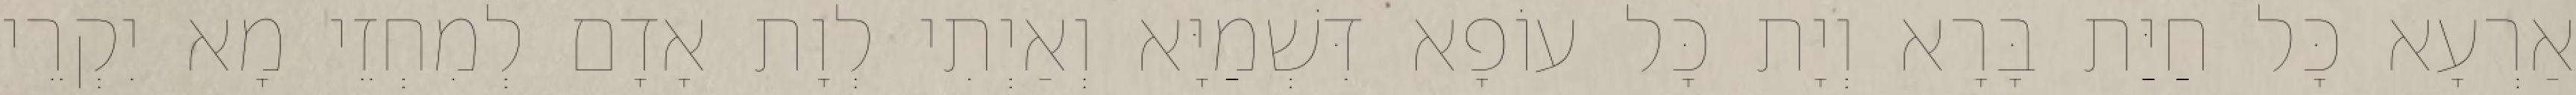
אַרְעָא כָּל חַיַּת בָּרָא וְיָת כָּל עוֹפָא דִּשְׁמַיָּא וְאַיְתִי לְוָת אָדָם לְמִחְזֵי מָא יִקְרֵי